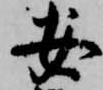
安